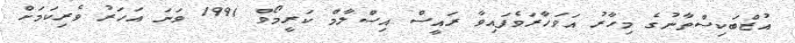
އުޒްބަކިސްތާނުގެ މިހާރު އަވަހާރަވެފައިވާ ރައީސް އިސްލާމް ކަރީމޯވް 1991 ވަނަ އަހަރު ވެރިކަމަށް